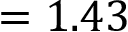
= 1 . 4 3